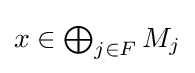
{\textstyle x\in \bigoplus _{j\in F}M_{j}}